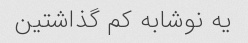
یه نوشابه کم گذاشتین